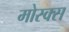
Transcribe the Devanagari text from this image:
मोस्क्स